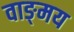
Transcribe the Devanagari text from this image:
वाङ्‍मय